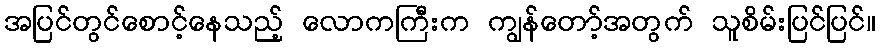
အပြင်တွင်စောင့်နေသည့် လောကကြီးက ကျွန်တော့်အတွက် သူစိမ်းပြင်ပြင်။